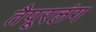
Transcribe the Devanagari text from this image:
तैपूरलंग